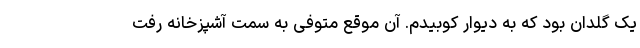
یک گلدان بود که به دیوار کوبیدم. آن موقع متوفی به سمت آشپزخانه رفت